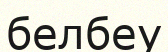
белбеу